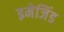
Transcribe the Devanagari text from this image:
इमेजिंड